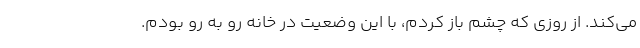
می‌کند. از روزی که چشم باز کردم، با این وضعیت در خانه رو به رو بودم.